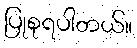
ပြုစုရပါတယ်။